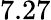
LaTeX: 7.27